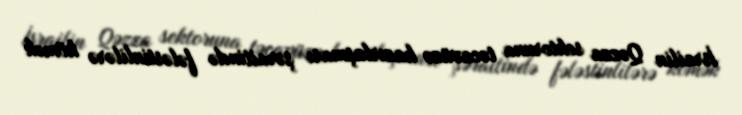
İsrailin Qəzza sektoruna təcavüzə hazırlaşması şəraitində fələstinlilərə kömək